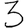
Digit: 3